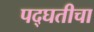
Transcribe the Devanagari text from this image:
पद्घतीचा